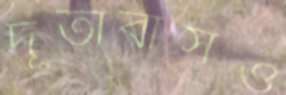
দূতাবাসও